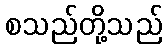
စသည်တို့သည်